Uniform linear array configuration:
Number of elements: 16
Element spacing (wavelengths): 0.75
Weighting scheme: kaiser
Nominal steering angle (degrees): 0
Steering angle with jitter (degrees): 0.4622
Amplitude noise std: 0.05
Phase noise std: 0.05

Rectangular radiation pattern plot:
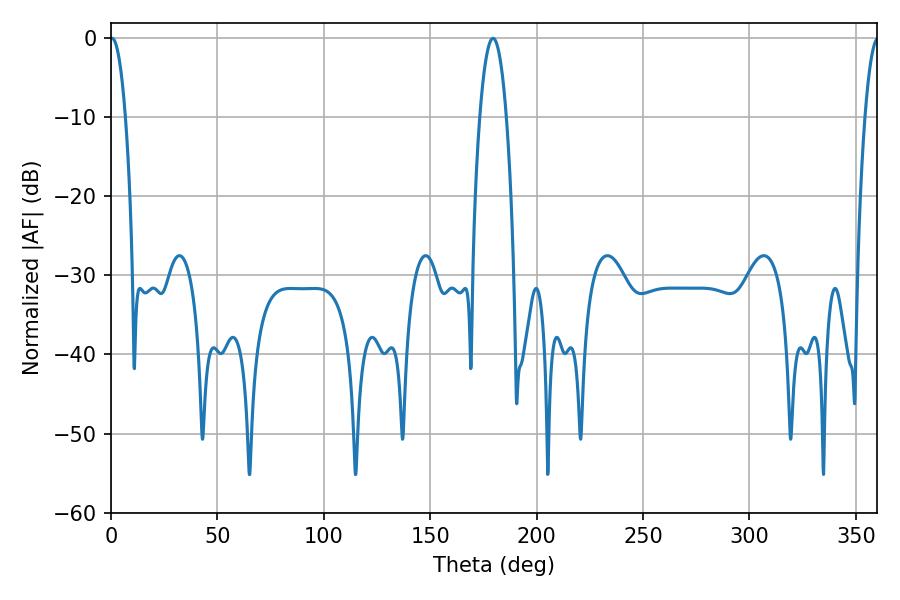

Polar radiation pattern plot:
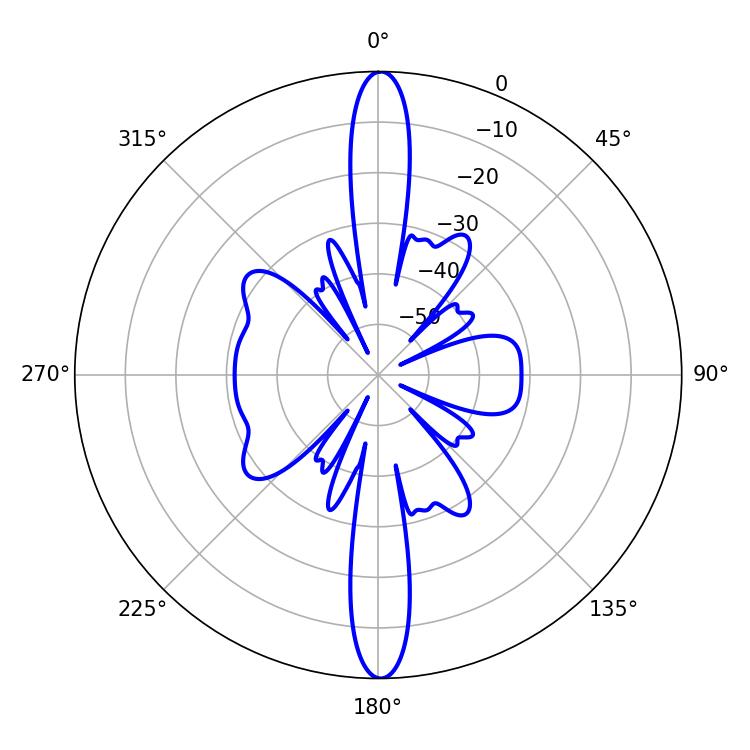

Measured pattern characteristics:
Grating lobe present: TRUE
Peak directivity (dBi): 30.516
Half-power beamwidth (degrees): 3.96
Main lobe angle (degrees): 0.54